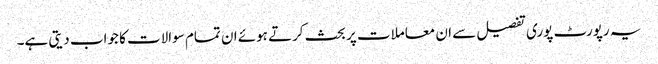
یہ رپورٹ پوری تفصیل سے ان معاملات پر بحث کرتے ہوئے ان تمام سوالات کا جواب دیتی ہے۔